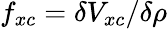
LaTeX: f_{xc}=\delta V_{xc}/\delta\rho